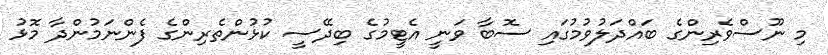
މި ނޫސްވެރިންގެ ބައްދަލުވުމުގައި ސޮބާ ވަނީ އެޓީމުގެ ބިދޭސީ ކުޅުންތެރިންގެ ފެންނަމުންދާ މޮޅު